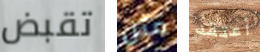
تقبض مثل أعتقد